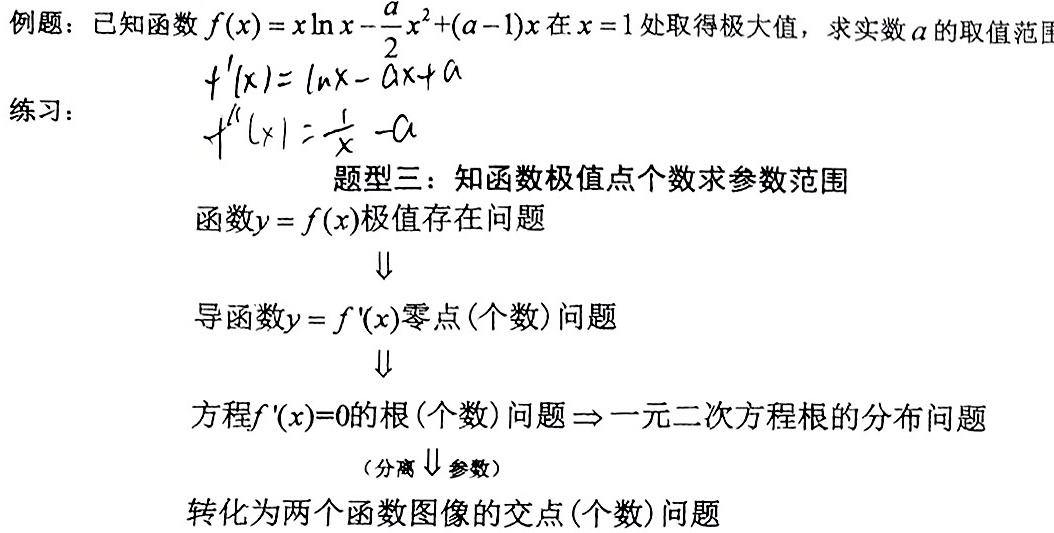
例题：已知函数$f(x)=x\ln x - \frac{a}{2}x^{2}+(a - 1)x$在$x = 1$处取得极大值，求实数$a$的取值范围
练习：
\[
\begin{align*}
f'(x)&=\ln x - ax + a\\
f''(x)&=\frac{1}{x} - a
\end{align*}
\]
题型三：知函数极值点个数求参数范围
函数$y = f(x)$极值存在问题
$\Downarrow$
导函数$y = f'(x)$零点(个数)问题
$\Downarrow$
方程$f'(x)=0$的根(个数)问题$\Rightarrow$一元二次方程根的分布问题
（分离$\Downarrow$参数）
转化为两个函数图像的交点(个数)问题